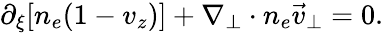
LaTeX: \begin{array}{r}{\partial_{\xi}[n_{e}(1-v_{z})]+\nabla_{\perp}\cdot n_{e}\vec{v}_{\perp}=0.}\end{array}